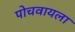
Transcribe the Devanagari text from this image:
पोचवायला